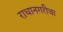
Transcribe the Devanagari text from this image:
राधानगरीचा